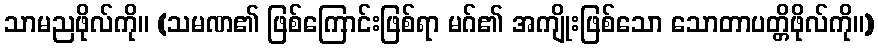
သာမညဖိုလ်ကို။ (သမဏ၏ ဖြစ်ကြောင်းဖြစ်ရာ မဂ်၏ အကျိုးဖြစ်သော သောတာပတ္တိဖိုလ်ကို။)